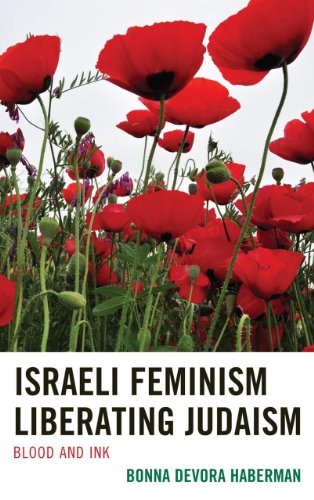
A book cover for Israeli Feminism Liberating Judaism: Blood and Ink; Bonna Devora Haberman; Religion & Spirituality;